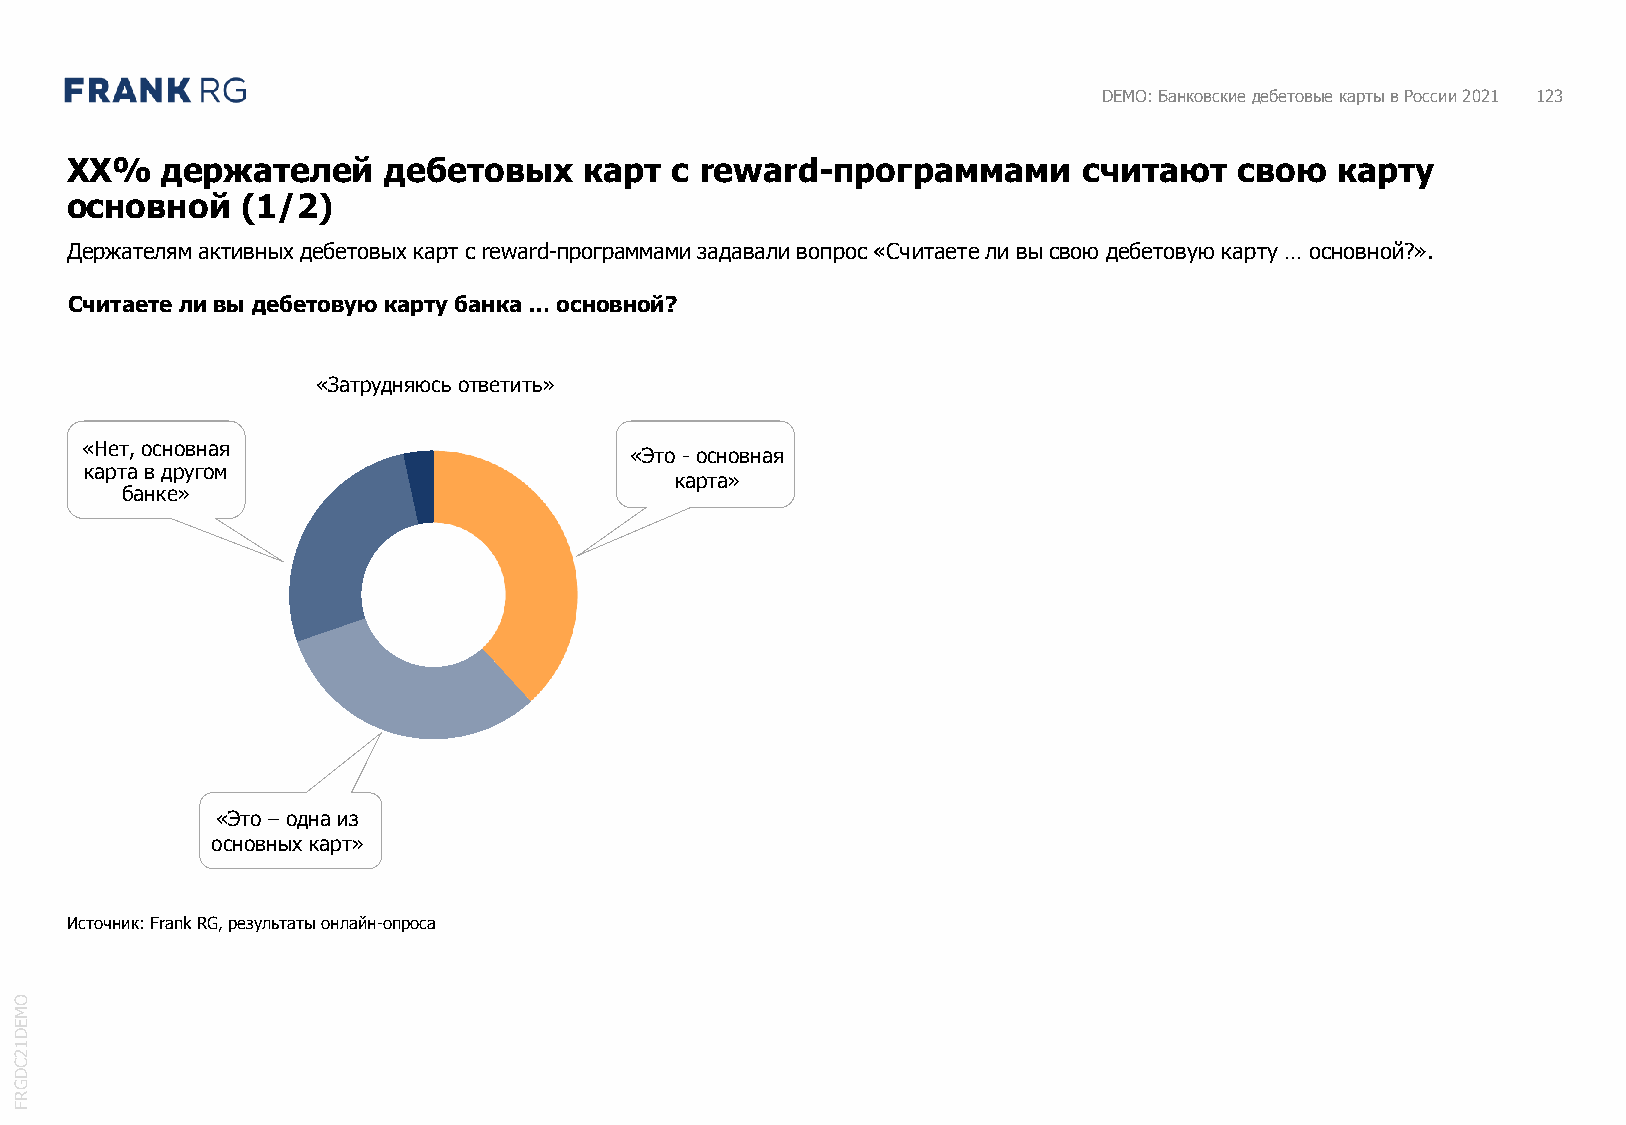
DEMO: Банковские дебетовые карты в России 2021 123
 XX%    держателей    дебетовых     карт с reward-программами        считают   свою  карту
 основной    (1/2)
 Держателям активных дебетовых карт с reward-программами задавали вопрос «Считаете ли вы свою дебетовую карту … основной?».
 Считаете ли вы дебетовую карту банка … основной?
 «Затрудняюсь ответить»
 «Нет, основная
 «Это - основная
 карта в другом
 карта»
 банке»
 «Это – одна из
 основных карт»
 Источник: FrankRG, результаты онлайн-опроса
 O
 M
 E
 D
 1
 2
 C
 D
 G
 R
 F